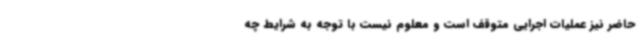
حاضر نیز عملیات اجرایی متوقف است و معلوم نیست با توجه به شرایط چه